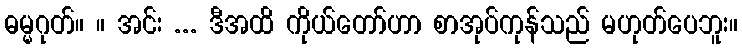
ဓမ္မဂုတ်။ ။ အင်း ... ဒီအထိ ကိုယ်တော်ဟာ စာအုပ်ကုန်သည် မဟုတ်ပေဘူး။